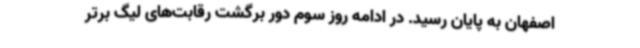
اصفهان به پایان رسید. در ادامه روز سوم دور برگشت رقابت‌های لیگ برتر